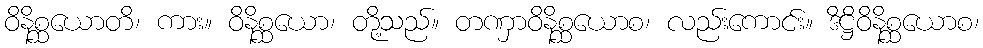
ဝိနိစ္ဆယောတိ၊ ကား။ ဝိနိစ္ဆယော၊ တို့သည်။ တဏှာဝိနိစ္ဆယောစ၊ လည်းကောင်း။ ဒိဋ္ဌိဝိနိစ္ဆယောစ၊